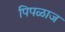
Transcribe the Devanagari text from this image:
पिपळाज